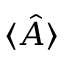
\langle { \hat { A } } \rangle